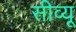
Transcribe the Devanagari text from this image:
सीव्‍यू